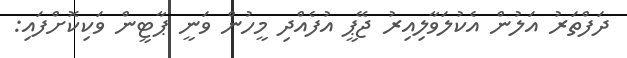
ދަފްތަރު އަލުން އެކުލަވާލިއިރު ޖޭޕީ އުފެއްދި މީހުން ވަނީ ޕާޓީން ވަކިކޮށްފައި: